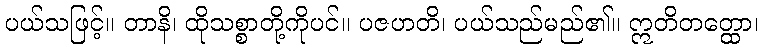
ပယ်သဖြင့်။ တာနိ၊ ထိုသစ္စာတို့ကိုပင်။ ပဇဟတိ၊ ပယ်သည်မည်၏။ ဣတိတတ္ထော၊